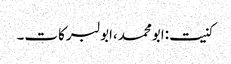
کنیت:ابومحمد،ابولبرکات۔